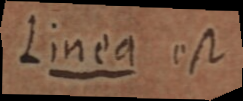
Linea est